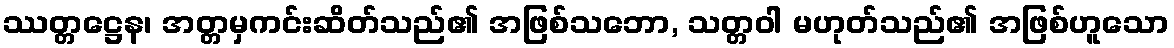
ဿတ္တဋ္ဌေန၊ အတ္တမှကင်းဆိတ်သည်၏ အဖြစ်သဘော, သတ္တဝါ မဟုတ်သည်၏ အဖြစ်ဟူသော